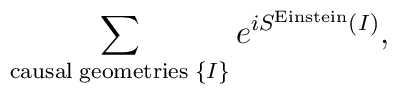
\sum_{{\rm causal \; geometries}\;\{ I\} } e^{i S^{\rm Einstein}(I)},